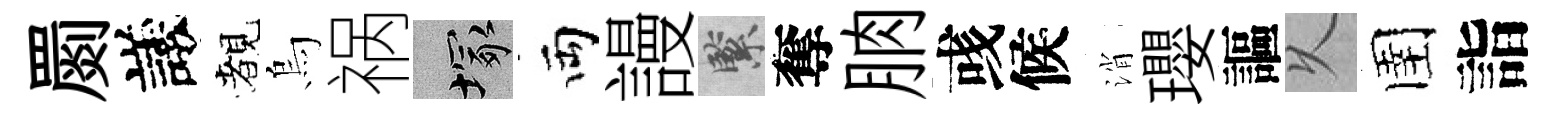
罽議覩烏祸塚両謾緊奪朒彧候消瓔謳乆圉詣